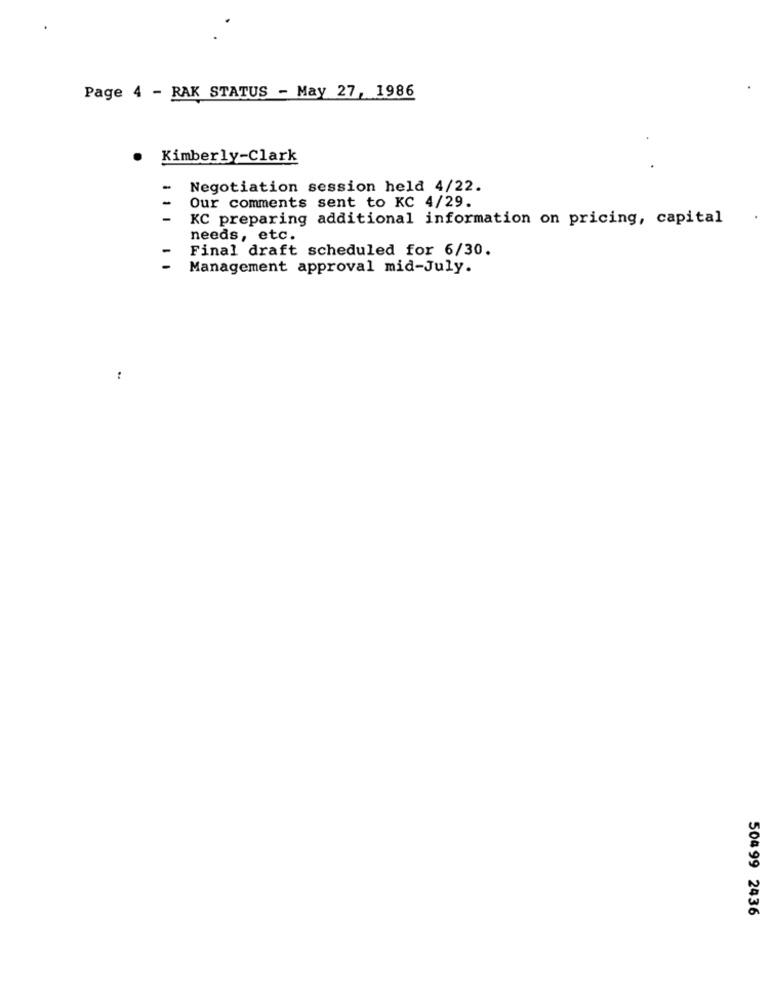
Page 4 - RAK STATUS - May 27, 1986
· Kimberly-Clark
-
Negotiation session held 4/22.
Our comments sent to KC 4/29.
KC preparing additional information on pricing, capital
needs, etc.
Final draft scheduled for 6/30.
Management approval mid-July.
:
504 99 2436